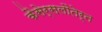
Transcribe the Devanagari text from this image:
कैसेर्सलौतेर्न